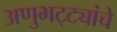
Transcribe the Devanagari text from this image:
अणुभट्ट्यांचे